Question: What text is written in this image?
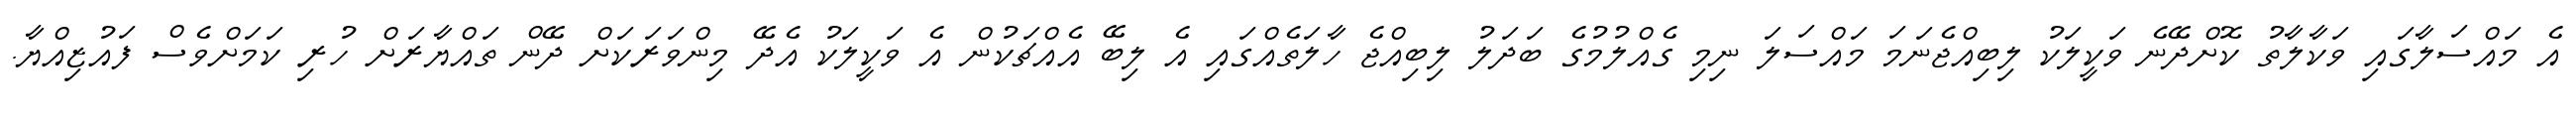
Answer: އެ މައްސަލާގައި ވަކާލާތު ކޮށްދޭނެ ވަކީލަކު ލިބިއްޖެނަމަ މައްސަލަ ނިމި ގެއްލުމުގެ ބަދަލު ލިބިއްޖެ ހާލަތެއްގައި އެ ލިބޭ އެއްޗަކުން އެ ވަކީލަކު އެދޭ މިންވަރަކަށް ދޭން ތައްޔާރަށް ހުރި ކަމަށްވެސް ފައުޒިއްޔާ.